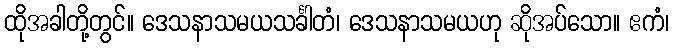
ထိုအခါတို့တွင်။ ဒေသနာသမယသင်္ခါတံ၊ ဒေသနာသမယဟု ဆိုအပ်သော။ ဧကံ၊